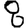
Digit: 8